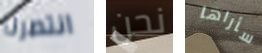
انتصرنا نحن سأراها